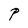
Character: P